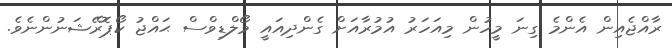
ރާއްޖެއިން އެންމެ ގިނަ މީހުން މިއަހަރު އުމުރާއަށް ގެންދިއައީ މޯލްޑިވްސް ޙައްޖު ކޯޕޮރޭޝަނުންނެވެ.